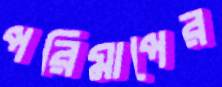
পরিমাপের